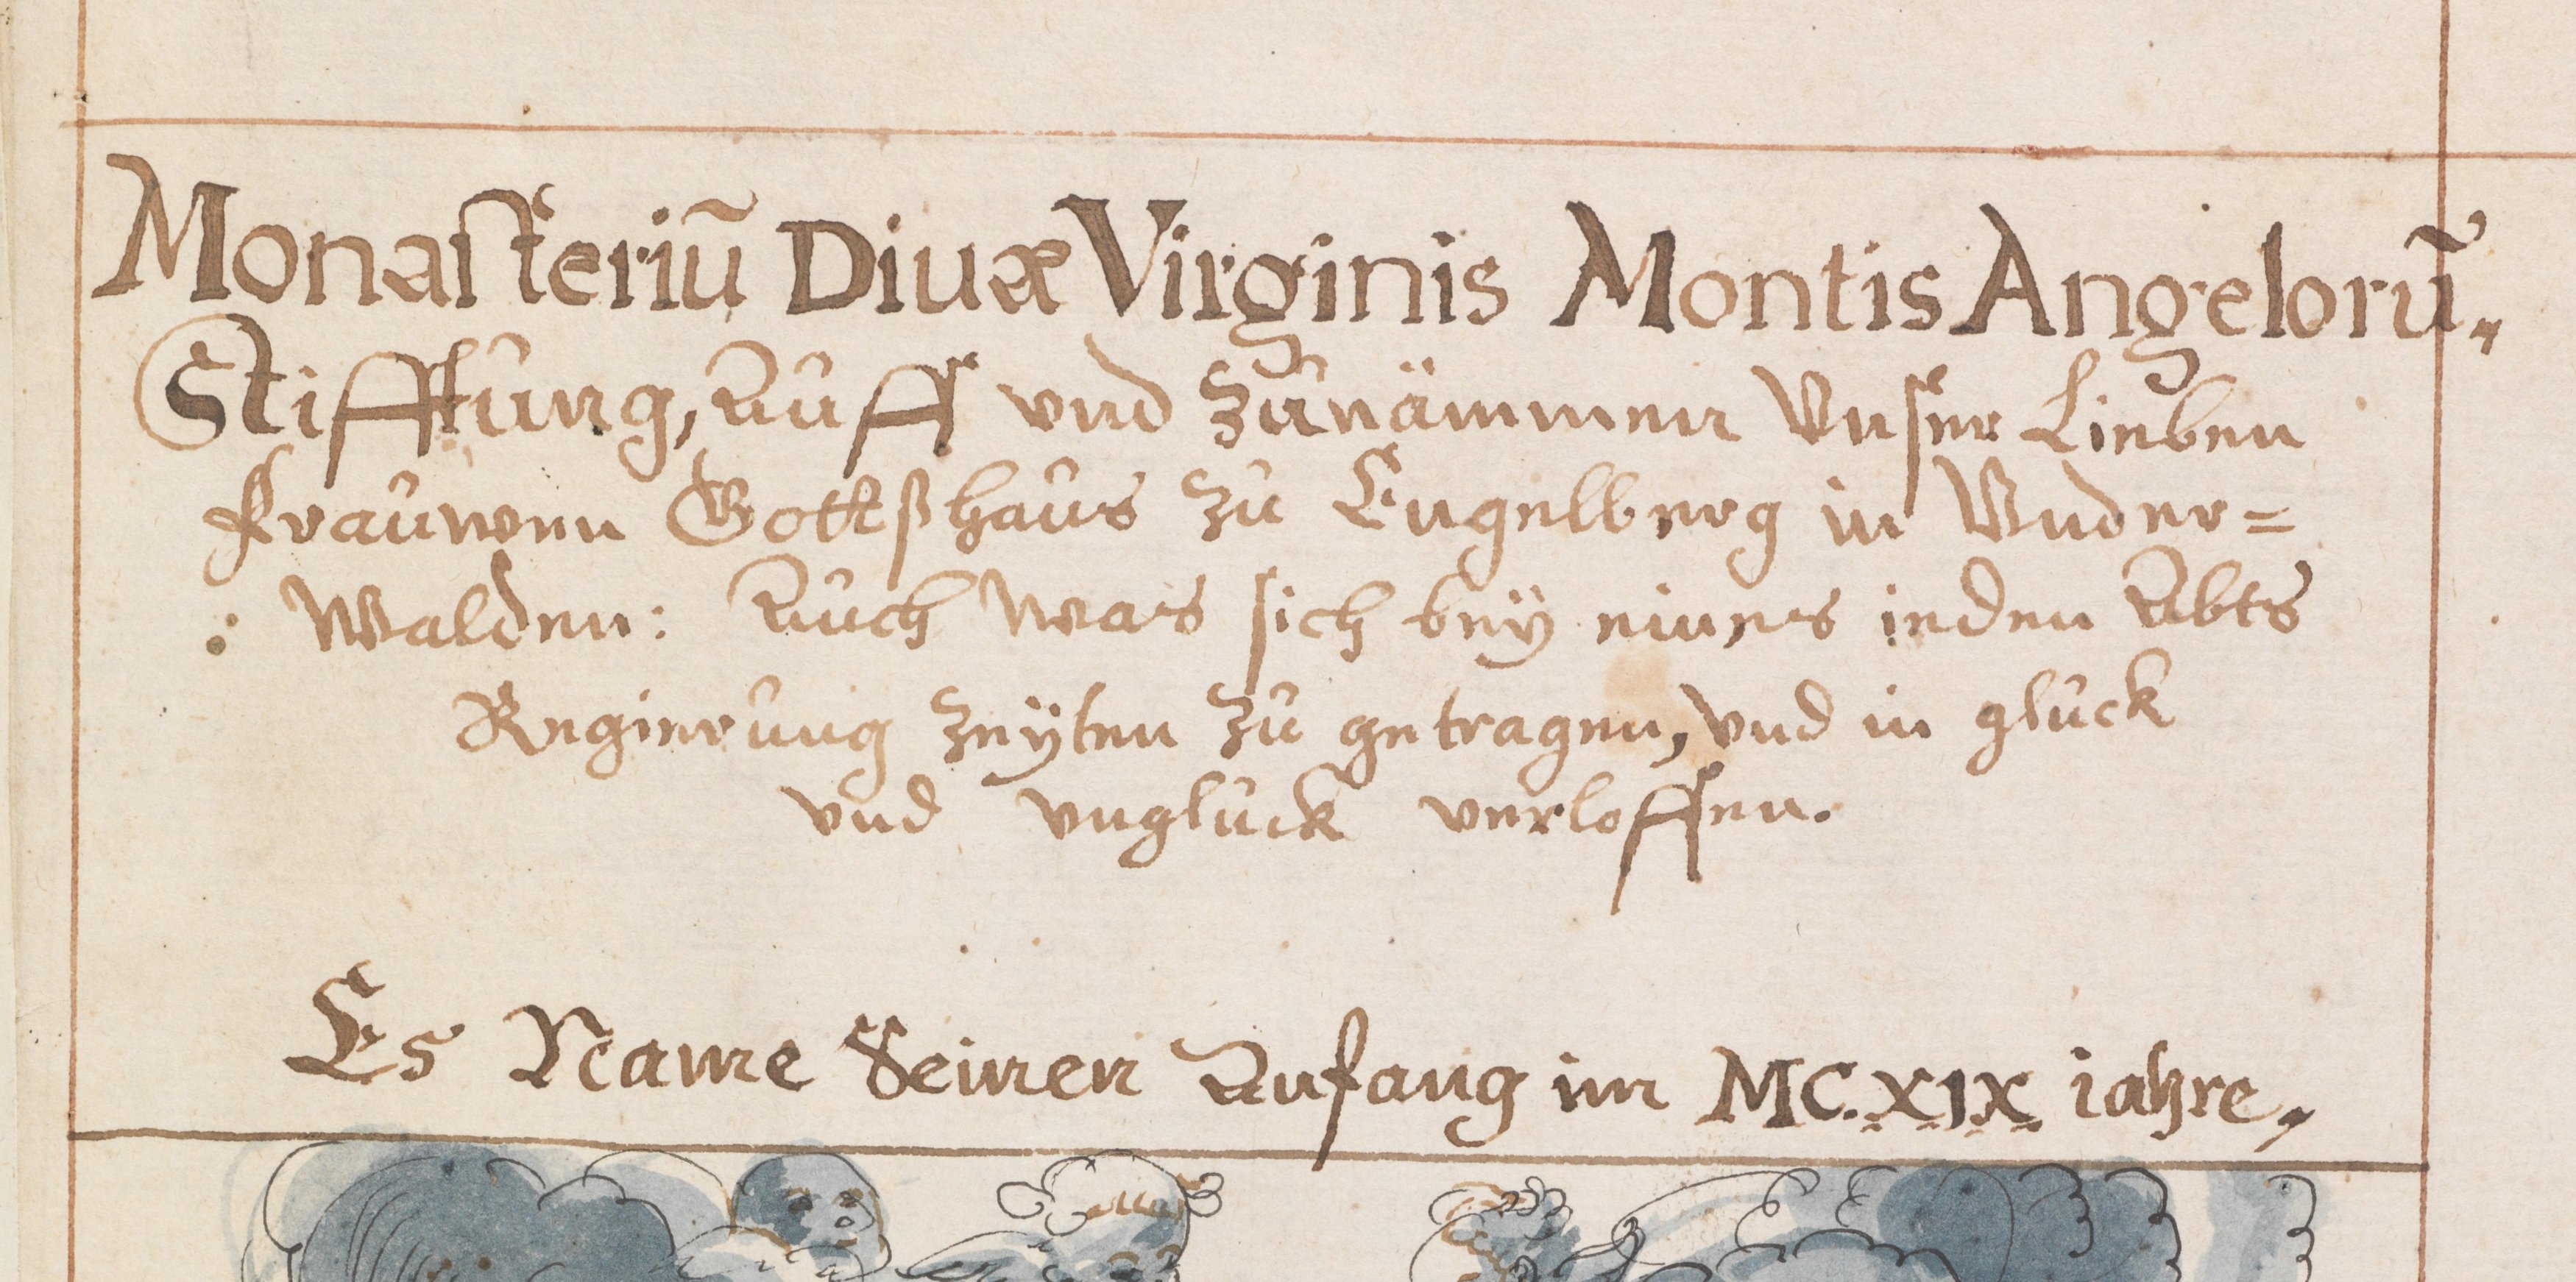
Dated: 1631–1661